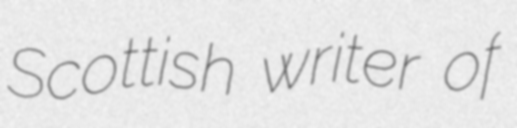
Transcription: Scottish writer of